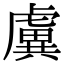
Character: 𧇽